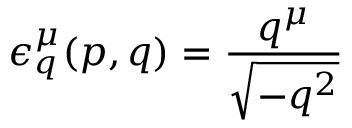
\epsilon _ { q } ^ { \mu } ( p , q ) = { \frac { q ^ { \mu } } { \sqrt { - q ^ { 2 } } } }